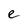
Character: e